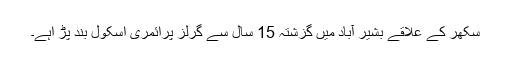
سکھر کے علاقے بشیر آباد میں گزشتہ 15 سال سے گرلز پرائمری اسکول بند پڑ اہے۔